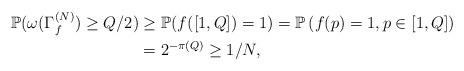
LaTeX: \begin{align*} \mathbb{P}(\omega(\Gamma_f^{(N)})\geq Q/2) &\geq \mathbb{P}(f([1, Q])=1) = \mathbb{P}\left(f(p)=1, p\in [1, Q]\right)\\ &= 2^{-\pi(Q)} \geq 1/N,\end{align*}